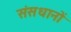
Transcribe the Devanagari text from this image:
संसधानों